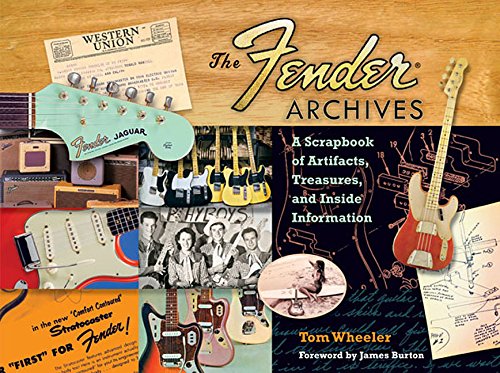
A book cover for The Fender Archives: A Scrapbook of Artifacts, Treasures, and Inside Information; Tom Wheeler; Reference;